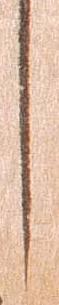
し